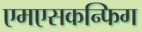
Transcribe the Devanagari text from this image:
एमएसकन्फिग